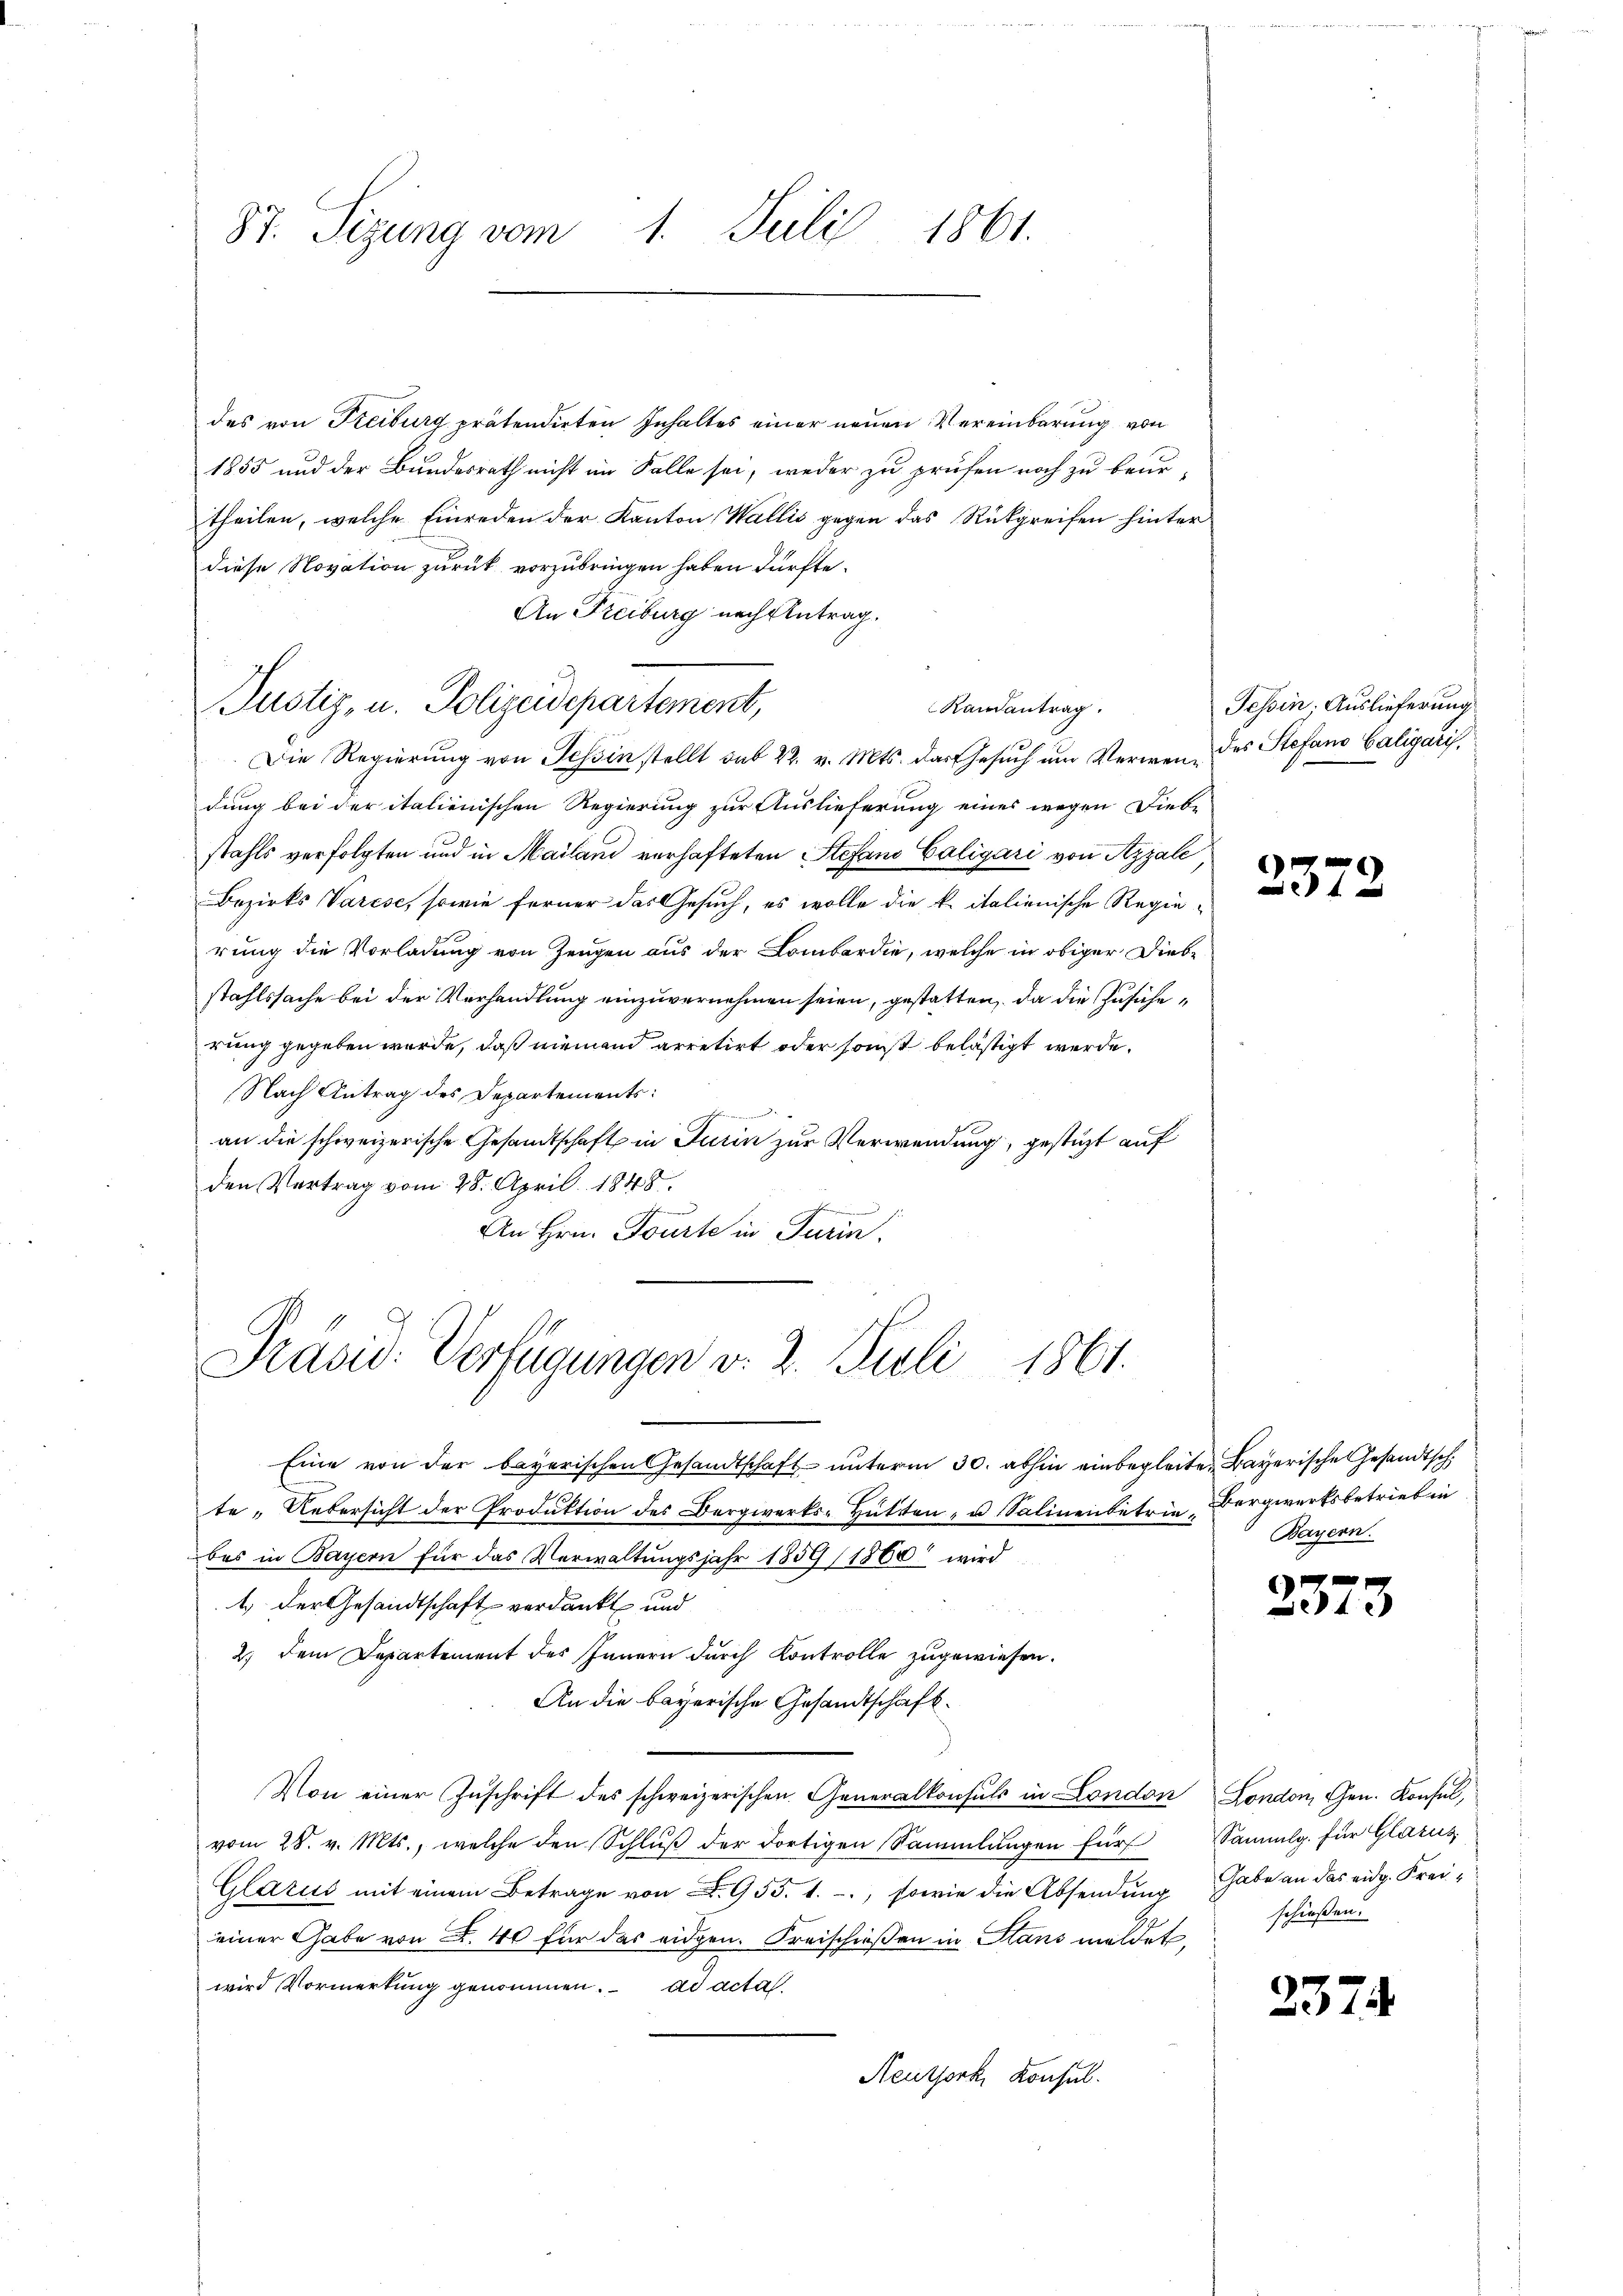
87. Sizung vom 1. Juli 1861.

Justiz, u. Polizeidepartement,

des von Freiburg prätendirten Inhaltes einer neuen Vereinbarung von
1855 und der Bundesrath nicht im Falle sei, weder zu prüfen noch zu beurtheilen, welche Einreden der Kanton Wallis gegen das Rückgreifen hinter
diese Novation zurück vorzubringen haben dürfte.
An Freiburg nach Antrag.
Die Regierung von Tessin stellt sub 22. v. Mts. das Gesŭch ŭm Verwen, des Stefand Caligaris.
dung bei der italienischen Regierung zur Auslieferung eines wegen Liebe
stahls verfolgten und in Mailand verhafteten Stefand Caligari von Azzale
Bezirks Varese, sowie ferner das Gesuch, es wolle die k. italienische Regierung die Vorladung von Zeugen aus der Lombardie, welche in obiger Dieb-
stahlssache bei der Vorhandlung einzuvernehmen seien, gestatten, da die Zusicherung gegeben würde, daß niemand arretirt oder sonst belästigt werde.
Nach Antrag des Departements:
affenen
an die schweizerische Gesandtschaft in Turin zur Verwendung, gestüzt auf
den Vertrag vom 28. April 1848.
achen
An Hrn. Tourte in Turin.

Randantrag.

Prävid. Verfügungen v. 2. Juli 1861.

Eine von der bayerischen Gesandtschaft unterm 30. abhin einbegleiten Bayerische Gesandtsch
te „Uebersicht der Produktion des Bergwerks-Hütten- u Salinenbetrie Bergwerksbetrieb in
bes in Bayern für das Verwaltungsjahr 1859 (1860 wird
1.) Der Gesandtschaft verdankt und
2.) Dem Departement des Innern durch Kontrolle zugewiesen.
An die bayerische Gesandtschaft.
Von einer Zŭschrift des schweizerischen Generalkonsuls in London London, Gen. Konsul,
vom 28. v. Mts., welche den Schluß der dortigen Sammlungen für
Glarus mit einem Betrage von S. 955. 1. -, sowie die Absendung
einer Gabe von F. 40 für das eidgen. Kreischießen in Stans meldet,
wird Vormerkung genommen. ad acta.
Neuthork, Konsul

Tessin. Auslieferung

2372

Bayern.

1
t

Sammlg. für Glarus
Gabe an das eidg. Freischießen.

2374